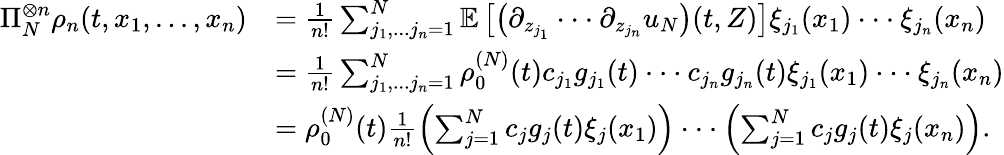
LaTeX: \begin{array}{rl}{\Pi_{N}^{\otimes n}\rho_{n}(t,x_{1},...,x_{n})}&{=\frac{1}{n!}\sum_{j_{1},...j_{n}=1}^{N}\mathbb{E}\left[\left(\partial_{z_{j_{1}}}\cdot\cdot\cdot\partial_{z_{j_{n}}}u_{N}\right)(t,Z)\right]\xi_{j_{1}}(x_{1})\cdot\cdot\cdot\xi_{j_{n}}(x_{n})}\\ &{=\frac{1}{n!}\sum_{j_{1},...j_{n}=1}^{N}\rho_{0}^{(N)}(t)c_{j_{1}}g_{j_{1}}(t)\cdot\cdot\cdot c_{j_{n}}g_{j_{n}}(t)\xi_{j_{1}}(x_{1})\cdot\cdot\cdot\xi_{j_{n}}(x_{n})}\\ &{=\rho_{0}^{(N)}(t)\frac{1}{n!}\left(\sum_{j=1}^{N}c_{j}g_{j}(t)\xi_{j}(x_{1})\right)\cdot\cdot\cdot\left(\sum_{j=1}^{N}c_{j}g_{j}(t)\xi_{j}(x_{n})\right).}\end{array}